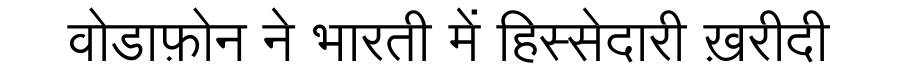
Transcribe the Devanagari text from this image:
वोडाफ़ोन ने भारती में हिस्सेदारी ख़रीदी